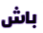
باش